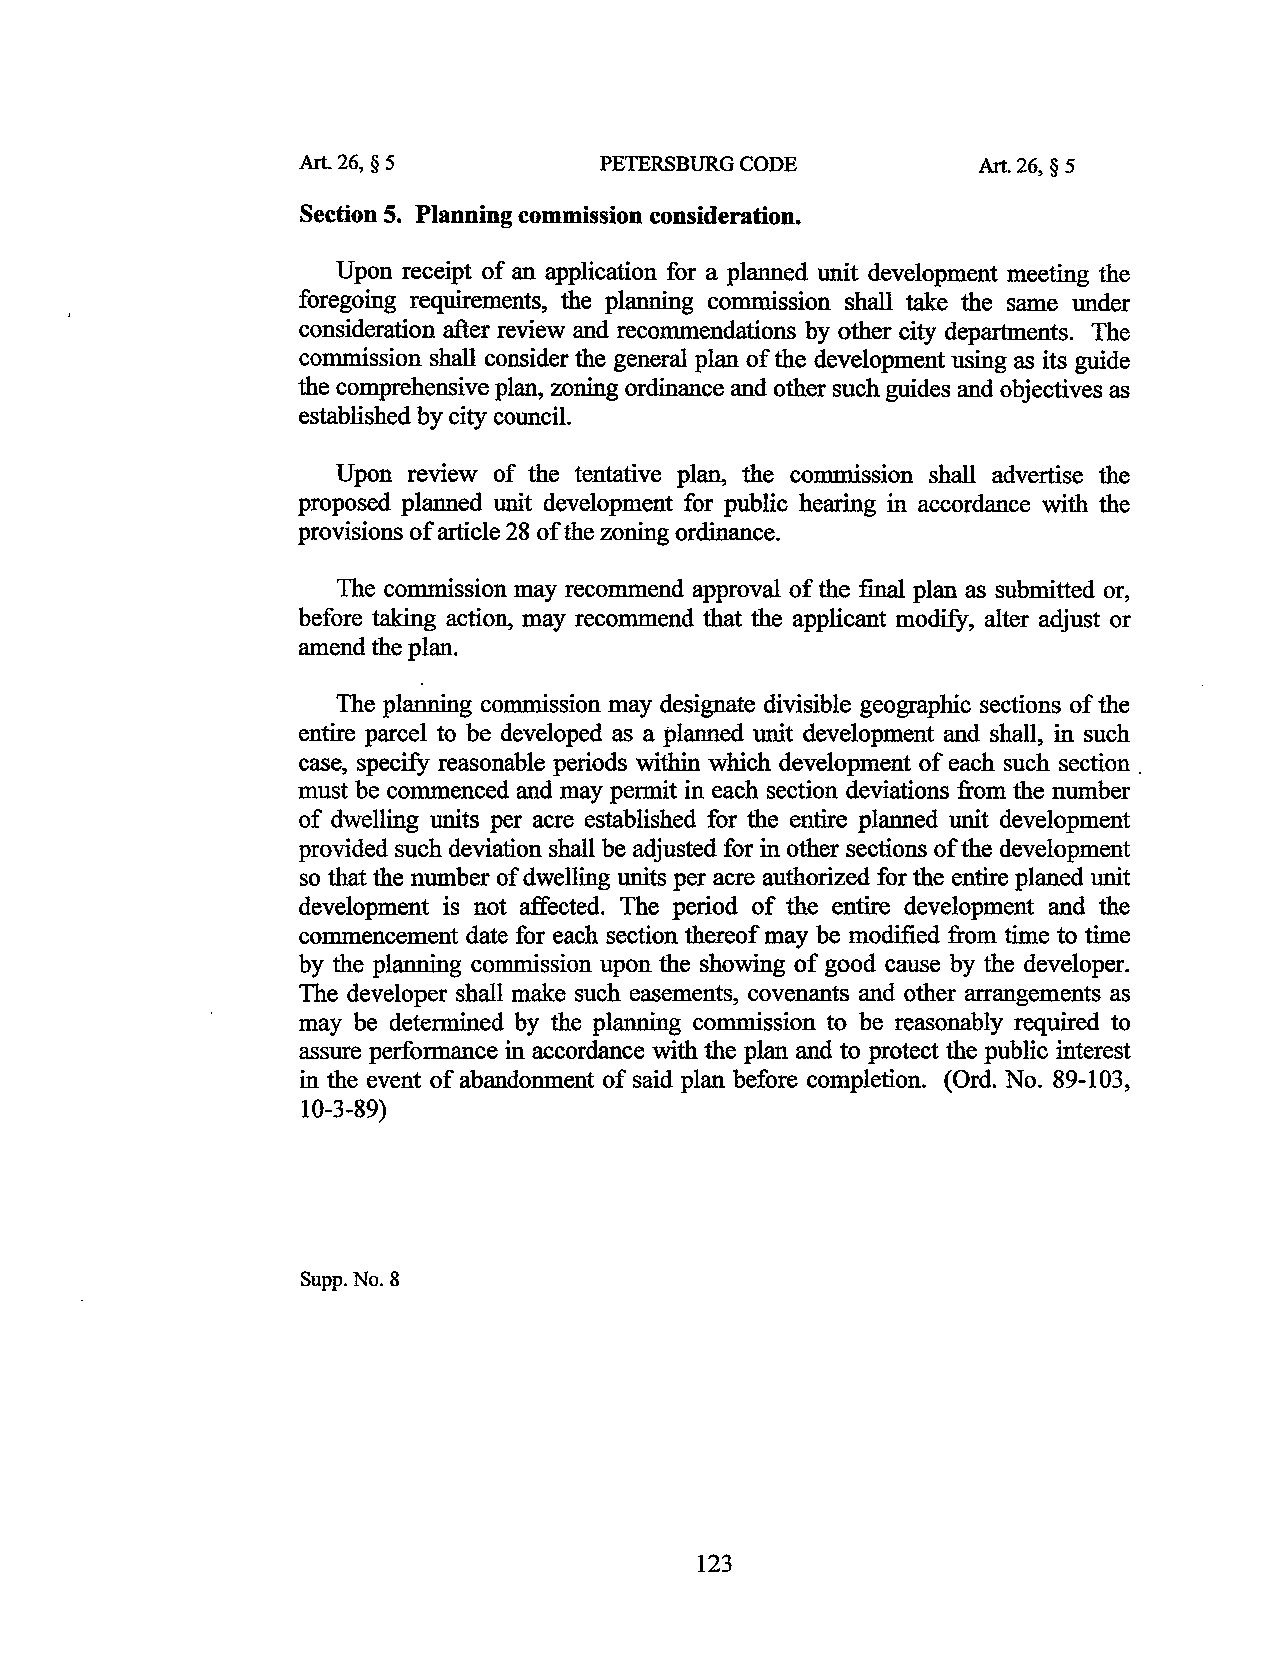
Art. 26, § 5        PETERSBURG CODE          Art. 26, § 5
 Section 5. Planning commission consideration.
 Upon receipt of an application for a planned unit development meeting the
 foregoing requirements, the planning commission shall take the same under
 consideration after review and recommendations by other city departments. The
 commission shall consider the general plan of the development using as its guide
 the comprehensive plan, zoning ordinance and other such guides and objectives as
 established by city council.
 Upon review of the tentative plan, the comnnss10n shall advertise the
 proposed planned unit development for public hearing in accordance with the
 provisions of article 28 of the zoning ordinance.
 The commission may recommend approval of the final plan as submitted or,
 before taking action, may recommend that the applicant modify, alter adjust or
 amend the plan.
 The planning commission may designate divisible geographic sections of the
 entire parcel to be developed as a planned unit development and shall, in such
 case, specify reasonable periods within which development of each such section .
 must be commenced and may permit in each section deviations from the number
 of dwelling units per acre established for the entire planned unit development
 provided such deviation shall be adjusted for in other sections of the development
 so that the number of dwelling units per acre authorized for the entire planed unit
 development is not affected. The period of the entire development and the
 commencement date for each section thereof may be modified from time to time
 by the planning commission upon the showing of good cause by the developer.
 The developer shall make such easements, covenants and other arrangements as
 may be determined by the planning commission to be reasonably required to
 assure performance in accordance with the plan and to protect the public interest
 in the event of abandonment of said plan before completion. (Ord. No. 89-103,
 10-3-89)
 Supp. No.8
 123